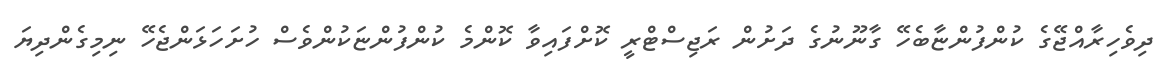
ދިވެހިރާއްޖޭގެ ކުންފުންޏާބެހޭ ގާނޫނުގެ ދަށުން ރަޖިސްޓްރީ ކޮށްފައިވާ ކޮންމެ ކުންފުންޏަކުންވެސް ހުށަހަޅަންޖެހޭ ނިމިގެންދިޔަ